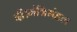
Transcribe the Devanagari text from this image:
दी।मंत्रिमंडल